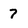
Character: 7